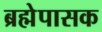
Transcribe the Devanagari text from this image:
ब्रह्मेपासक